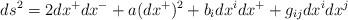
LaTeX: \begin{align*}ds^{2}=2dx^{+}dx^{-}+a(dx^{+})^{2}+b_{i}dx^{i}dx^{+}+g_{ij}dx^{i}dx^{j}\end{align*}